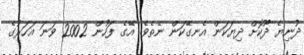
ދުނިޔެ ދޫކޮށް ދިޔަކަން އެނގޭކަން ނެތެވެ. އޭގެ ފަހުން 2002 ވަނަ އަހަރުގެ